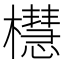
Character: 櫘